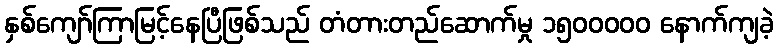
နှစ်ကျော်ကြာမြင့်နေပြီဖြစ်သည် တံတားတည်ဆောက်မှု ၁၅၀၀ဝဝဝ နောက်ကျခဲ့